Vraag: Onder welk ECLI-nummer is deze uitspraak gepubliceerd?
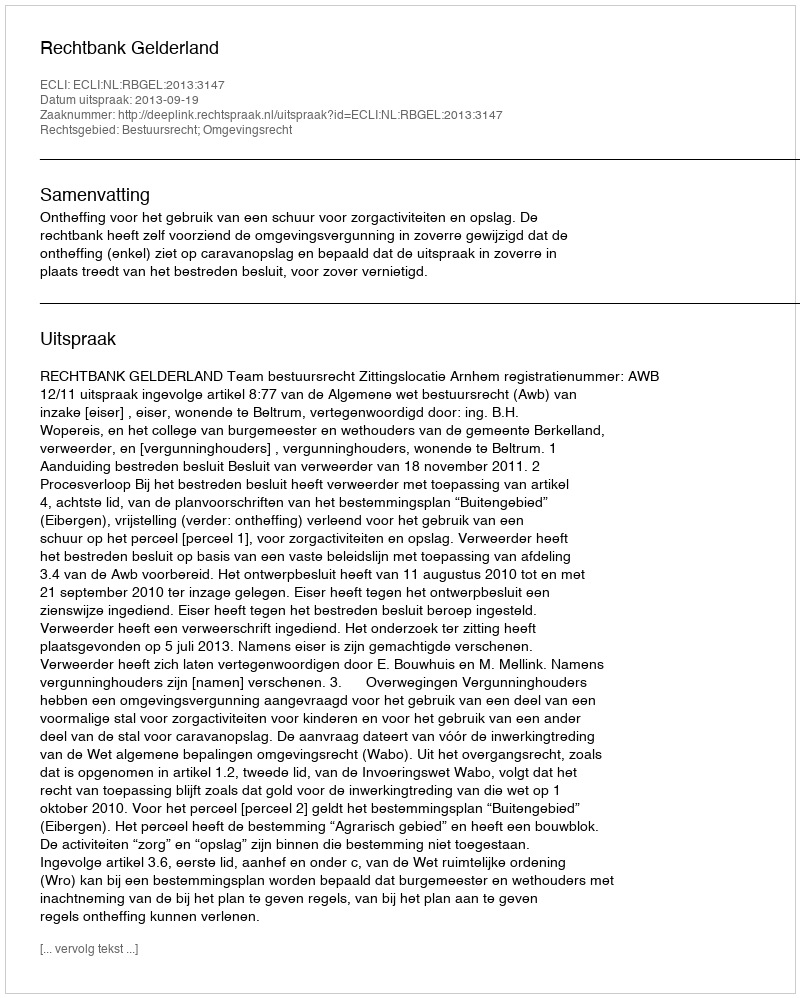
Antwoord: ECLI:NL:RBGEL:2013:3147